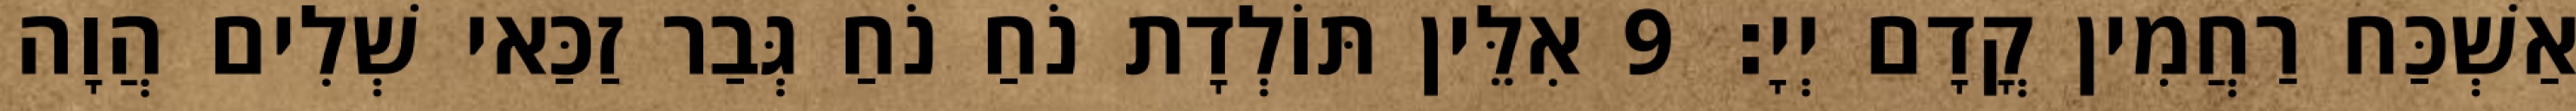
אַשְׁכַּח רַחֲמִין קֳדָם יְיָ׃ 9 אִלֵּין תּוֹלְדָת נֹחַ נֹחַ גְּבַר זַכַּאי שְׁלִים הֲוָה